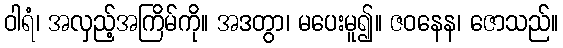
ဝါရံ၊ အလှည့်အကြိမ်ကို။ အဒတွာ၊ မပေးမူ၍။ ဇဝနေန၊ ဇောသည်။